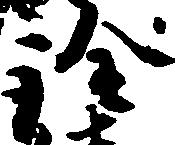
詮